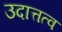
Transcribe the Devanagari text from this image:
उदात्तत्व